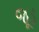
જૂડ